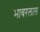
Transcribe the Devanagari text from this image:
भावरलाल